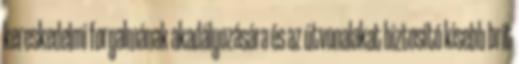
kereskedelmi forgalmának akadályozására és az útvonalakat biztosító kisebb brit